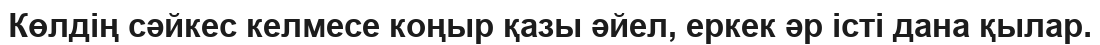
Көлдің сәйкес келмесе коңыр қазы әйел, еркек әр істі дана қылар.